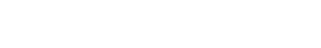
လင်းက မာနာ ကိုယ်ဝန်ရလာတော့ အံ့ဩနေသည်။